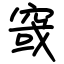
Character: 窢